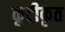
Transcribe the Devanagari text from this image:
कूटीकृत